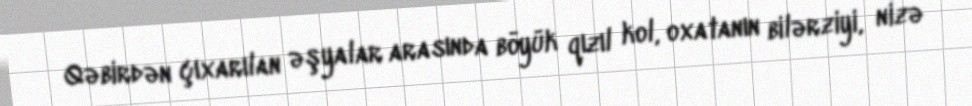
Qəbirdən çıxarılan əşyalar arasında böyük qızıl kol, oxatanın bilərziyi, nizə